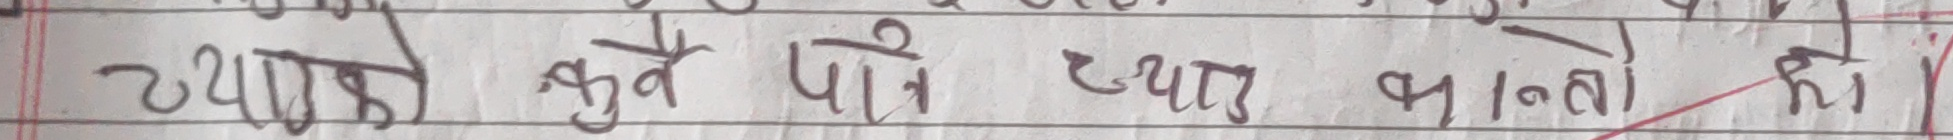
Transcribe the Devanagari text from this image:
च्याहो कुवै पानै उत्पाद बनाओ को